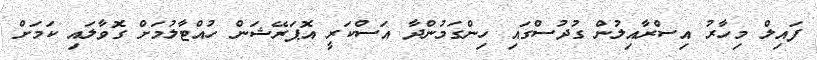
ފައިލް މިހާރު އިސްރާއިލުން ގުދުސްގައި ހިންގަމުންދާ އަސްކަރީ އޮޕަރޭޝަން ހުއްޓާލުމަށް ގޮވާލައި ކަމަށް